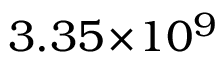
3 . 3 5 \! \times \! 1 0 ^ { 9 }